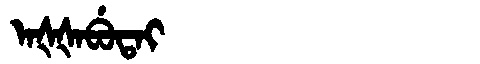
Manchu: ᠠᡧᡧᠠᠪᡠᡨᠠᡳ
Romanization: AŠŠABUTAI